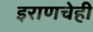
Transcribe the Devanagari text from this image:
इराणचेही